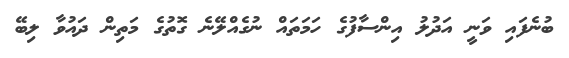
ބުނެފައި ވަނީ އަދުލު އިންސާފުގެ ހަމަތައް ނުގެއްލޭނެ ގޮތުގެ މަތިން ދައުވާ ލިބޭ